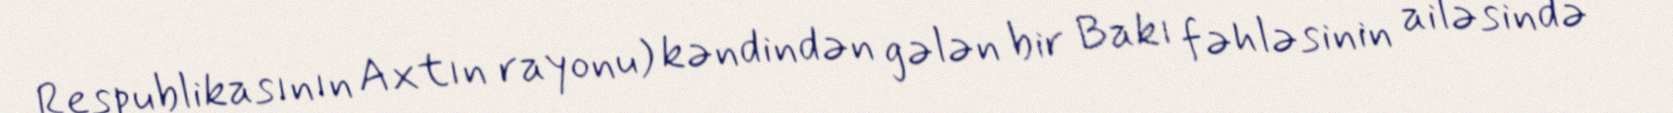
Respublikasının Axtın rayonu) kəndindən gələn bir Bakı fəhləsinin ailəsində